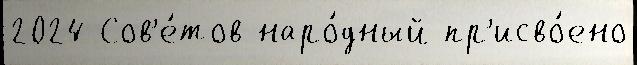
2024 Сов'е́тов наро́дный пр'исво́ено